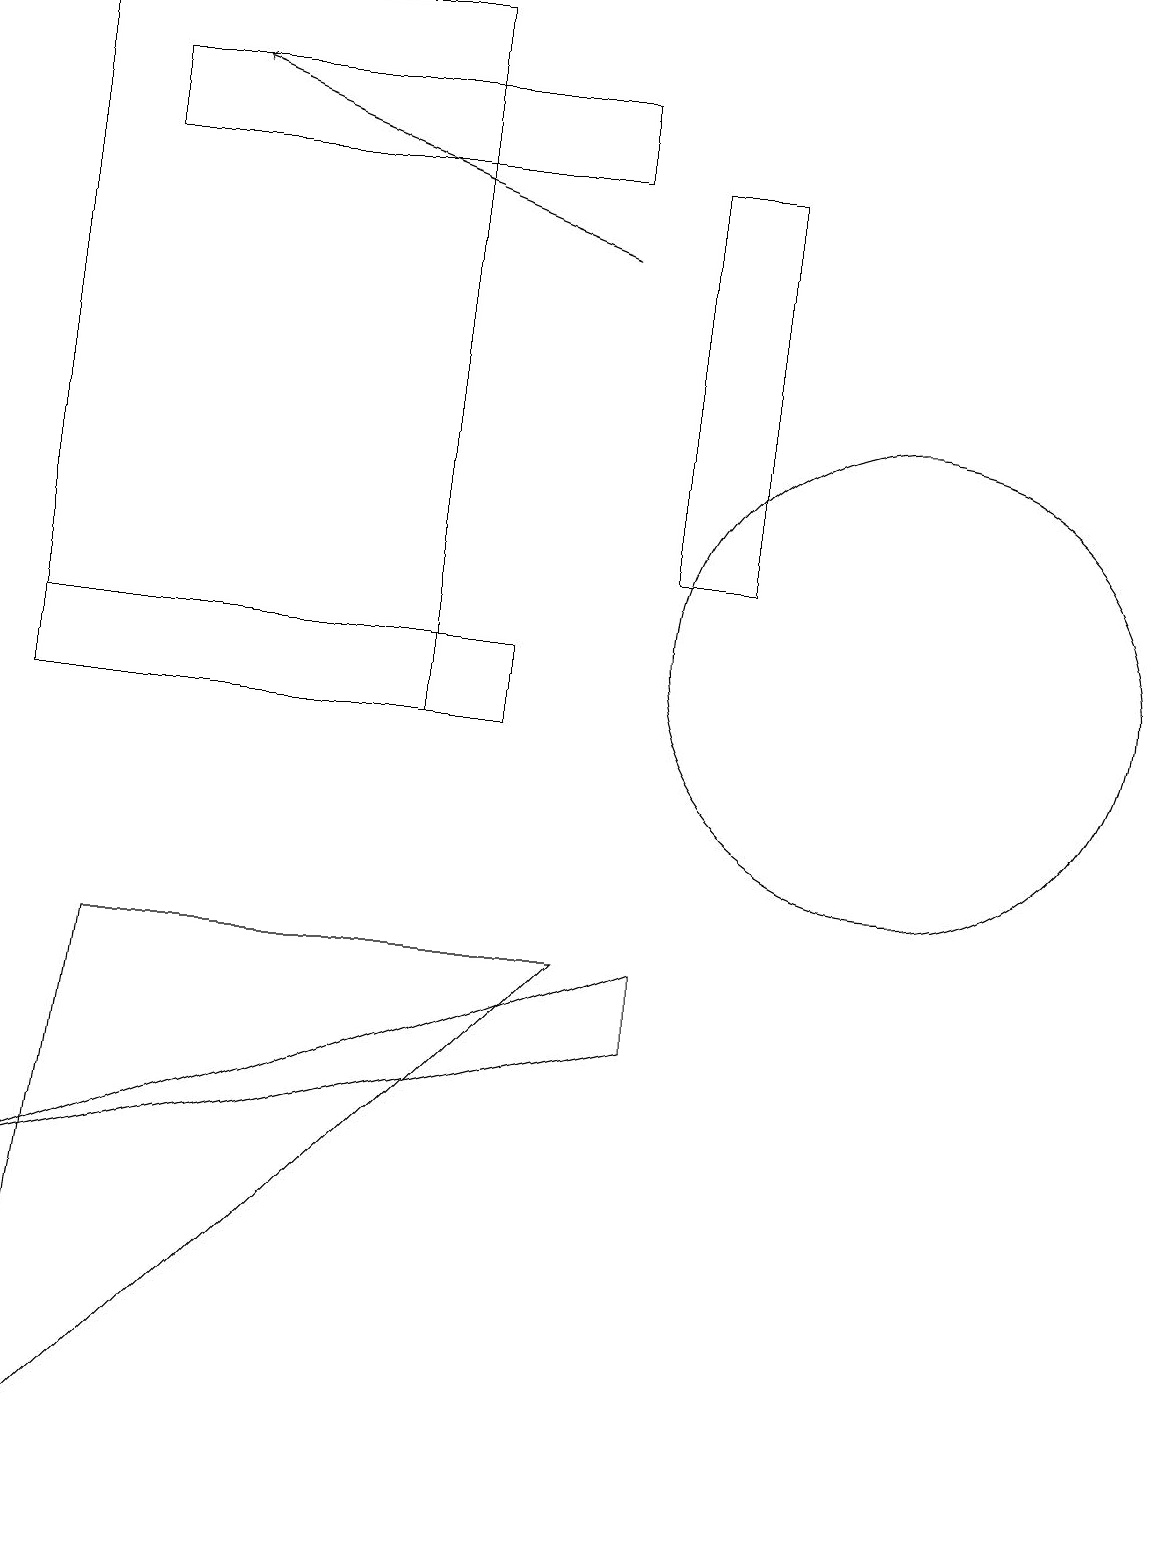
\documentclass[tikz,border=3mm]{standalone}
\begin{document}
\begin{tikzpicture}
\draw (11,11) circle (3);
\draw (0,19) rectangle (5,10);
\draw (8,6) -- (8,7) -- (0,4) -- cycle;
\draw (0,11) rectangle (6,10);
\draw[->] (7,16) -- (2,18);
\draw (7,17) rectangle (1,18);
\draw (0,0) -- (1,7) -- (7,7) -- cycle;
\draw (8,17) rectangle (9,12);
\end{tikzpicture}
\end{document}